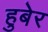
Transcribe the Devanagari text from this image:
हुबेर